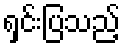
ရှင်းပြသည့်